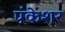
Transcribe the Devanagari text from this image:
पंकेशर